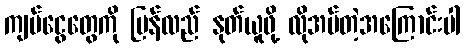
ကျပ်ငွေတွေကို ပြန်လည် နုတ်ယူဖို့ လိုအပ်တဲ့အကြောင်းပါ